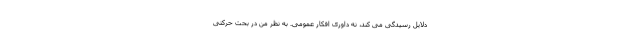
دلایل رسیدگی می کند، نه داوری افکار عمومی. به نظر من در بحث حرکتی